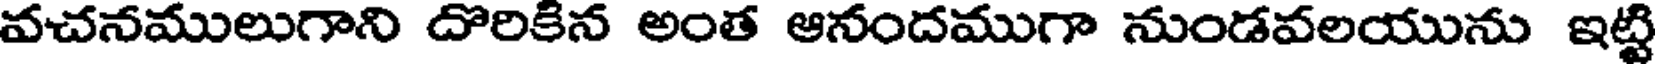
వచనములుగాని దొరికిన అంత ఆనందముగా నుండవలయును ఇట్టి